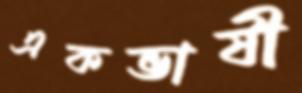
একভাষী